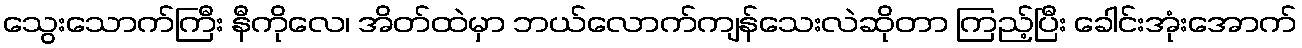
သွေးသောက်ကြီး နီကိုလေ၊ အိတ်ထဲမှာ ဘယ်လောက်ကျန်သေးလဲဆိုတာ ကြည့်ပြီး ခေါင်းအုံးအောက်